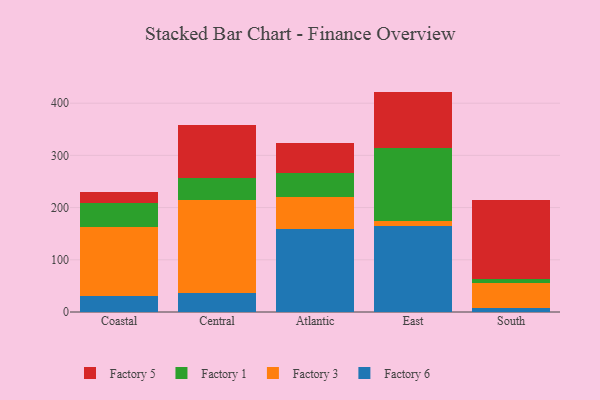
{"axis": {"x": "Region", "y": "Tickets Resolved"}, "legend": ["Factory 1", "Factory 3", "Factory 5", "Factory 6"], "data": [{"x": "Coastal", "y": 31.3, "type": "Factory 6"}, {"x": "Coastal", "y": 132.3, "type": "Factory 3"}, {"x": "Coastal", "y": 44.7, "type": "Factory 1"}, {"x": "Coastal", "y": 22.2, "type": "Factory 5"}, {"x": "Central", "y": 35.9, "type": "Factory 6"}, {"x": "Central", "y": 179.3, "type": "Factory 3"}, {"x": "Central", "y": 42.4, "type": "Factory 1"}, {"x": "Central", "y": 100.4, "type": "Factory 5"}, {"x": "Atlantic", "y": 159.7, "type": "Factory 6"}, {"x": "Atlantic", "y": 60.1, "type": "Factory 3"}, {"x": "Atlantic", "y": 46.3, "type": "Factory 1"}, {"x": "Atlantic", "y": 56.9, "type": "Factory 5"}, {"x": "East", "y": 164.6, "type": "Factory 6"}, {"x": "East", "y": 9.5, "type": "Factory 3"}, {"x": "East", "y": 140.8, "type": "Factory 1"}, {"x": "East", "y": 107.3, "type": "Factory 5"}, {"x": "South", "y": 8.1, "type": "Factory 6"}, {"x": "South", "y": 48.0, "type": "Factory 3"}, {"x": "South", "y": 6.8, "type": "Factory 1"}, {"x": "South", "y": 150.8, "type": "Factory 5"}]}